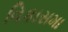
વિકાસમા